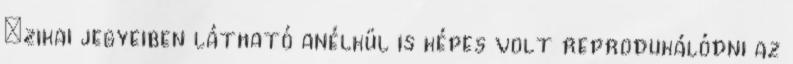
ﬁzikai jegyeiben látható anélkül is képes volt reprodukálódni az